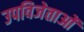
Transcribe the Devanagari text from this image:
उपविजेताओं